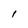
Character: I